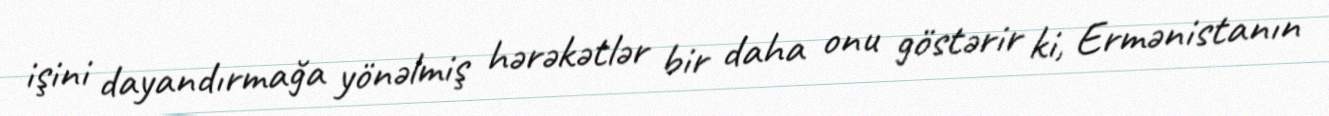
işini dayandırmağa yönəlmiş hərəkətlər bir daha onu göstərir ki, Ermənistanın